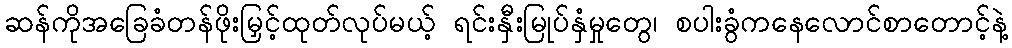
ဆန်ကိုအခြေခံတန်ဖိုးမြှင့်ထုတ်လုပ်မယ့် ရင်းနှီးမြုပ်နှံမှုတွေ၊ စပါးခွံကနေလောင်စာတောင့်နဲ့